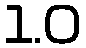
1.0